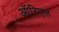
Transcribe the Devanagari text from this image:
ऑरिएल